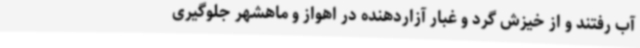
آب رفتند و از خیزش گرد و غبار آزاردهنده در اهواز و ماهشهر جلوگیری